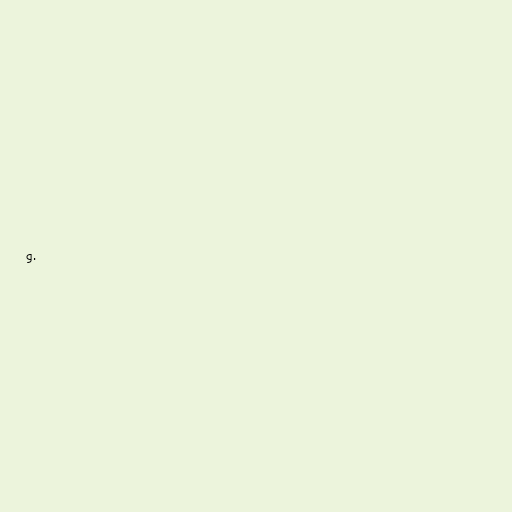
g.